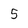
Character: 5